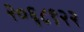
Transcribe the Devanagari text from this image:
२०६८९२२